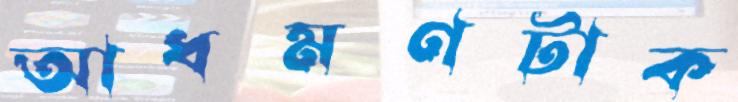
আধমণটাক